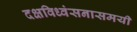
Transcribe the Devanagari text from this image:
दक्षविध्वंसनासमयी